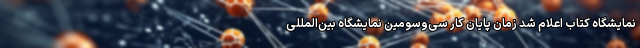
نمایشگاه کتاب اعلام شد زمان پایان کار سی‌وسومین نمایشگاه بین‌المللی